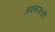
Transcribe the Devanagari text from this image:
अकबरशाही